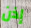
إذن